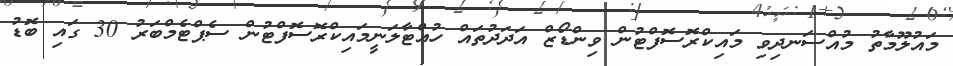
މައުލޫމާތު މުއްސަނދިވި މައިކްރޮސޮފްޓުން ވިންޑޯޒް އަދަދުތައް ހުއްޓާލަނީމައިކްރޮސޮފްޓުން ސެޕްޓެމްބަރު 30 ގައި ބޮޑު